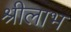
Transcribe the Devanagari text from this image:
श्रीलाभ